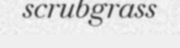
scrubgrass